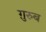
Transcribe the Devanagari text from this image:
ग़़ुरुब